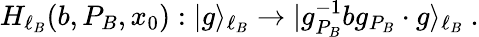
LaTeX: H_{\ell_{B}}(b,P_{B},x_{0}):|g\rangle_{\ell_{B}}\to|g_{P_{B}}^{-1}bg_{P_{B}}\cdot g\rangle_{\ell_{B}}~.